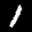
Label: 1